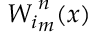
{ W _ { i } } _ { m } ^ { n } ( x )